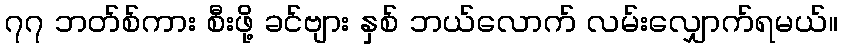
၇၇ ဘတ်စ်ကား စီးဖို့ ခင်ဗျား နှစ် ဘယ်လောက် လမ်းလျှောက်ရမယ်။